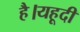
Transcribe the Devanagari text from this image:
है।यहूदी